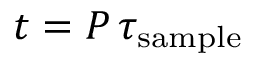
t = P \, \tau _ { \mathrm { s a m p l e } }